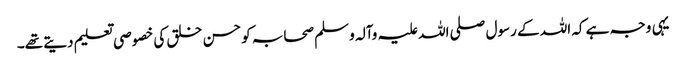
یہی وجہ ہے کہ اللہ کے رسول صلی اللہ علیہ وآلہ وسلم صحابہ کو حسن خلق کی خصوصی تعلیم دیتے تھے۔